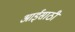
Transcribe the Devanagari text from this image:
आईसाठी